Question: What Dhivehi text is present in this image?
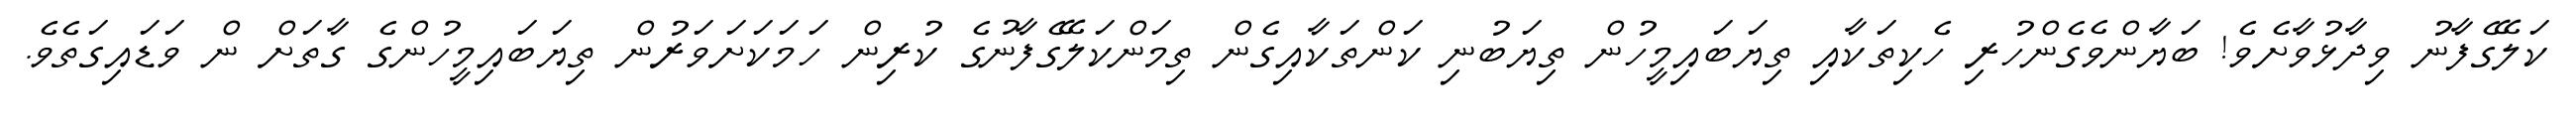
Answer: ކަލޭގެފާނު ވިދާޅުވާށެވެ! ބަޔާންވެގެންހުރި ހެކިތަކާއި ތިޔަބައިމީހުން ތިޔަބުނި ކަންތަކާއިގެން ތިމަންކަލޭގެފާނުގެ ކުރިން ހަމަކަށަވަރުން ތިޔަބައިމީހުންގެ ގާތަށް ން ވަޑައިގަތެވެ.